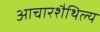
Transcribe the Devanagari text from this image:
आचारशैथिल्य